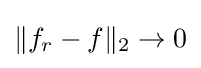
\displaystyle {\|f_{r}-f\|_{2}\rightarrow 0}